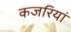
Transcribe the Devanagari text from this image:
कजरियां